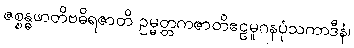
ဇစ္စန္ဓဖာတိဗဓိရဇာတိ ဥမ္မတ္တကဇာတိဧဠမူဂနပုံသကာဒီနံ၊